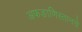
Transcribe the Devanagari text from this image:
अफङाणिस्तानचे